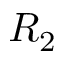
R _ { 2 }